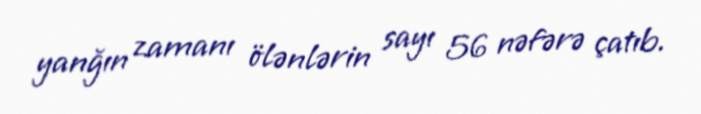
yanğın zamanı ölənlərin sayı 56 nəfərə çatıb.